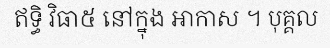
ឥទ្ធិ វិធា៥ នៅក្នុង ឤកាស ។ បុគ្គល